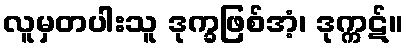
လူမှတပါးသူ ဒုက္ခဖြစ်အံ့၊ ဒုက္ကဋ်။